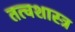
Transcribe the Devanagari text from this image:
तत्वशास्त्र